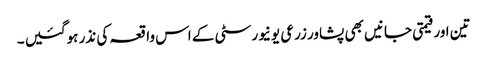
تین اور قیمتی جانیں بھی پشاور زرعی یونیورسٹی کے اس واقعہ کی نذر ہوگئیں ۔